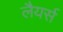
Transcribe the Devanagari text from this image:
लैयर्स